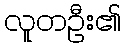
လူတဦး၏